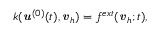
k ( { \boldsymbol { \mathbf { \mathit { u } } } } ^ { ( 0 ) } ( t ) , { \boldsymbol { \mathbf { \mathit { v } } } } _ { h } ) = f ^ { e x t } ( { \boldsymbol { \mathbf { \mathit { v } } } } _ { h } ; t ) ,